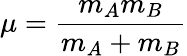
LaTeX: \mu={\frac{m_{A}m_{B}}{m_{A}+m_{B}}}